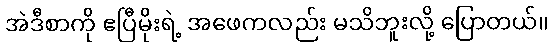
အဲဒီစာကို ဧပြီမိုးရဲ့ အဖေကလည်း မသိဘူးလို့ ပြောတယ်။